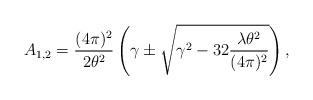
LaTeX: \begin{align*}A_{1,2} = \frac{(4\pi)^2}{2\theta^2} \left( \gamma \pm \sqrt{\gamma^2-32 \frac{\lambda \theta^2}{(4\pi)^2}} \right),\end{align*}